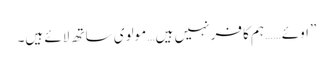
”اوئے …… ہم کافر نہیں ہیں… مولوی ساتھ لائے ہیں۔